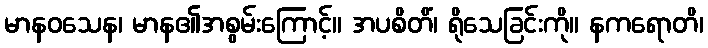
မာနဝသေန၊ မာန၏အစွမ်းကြောင့်။ အပစိတိံ၊ ရိုသေခြင်းကို။ နကရောတိ၊